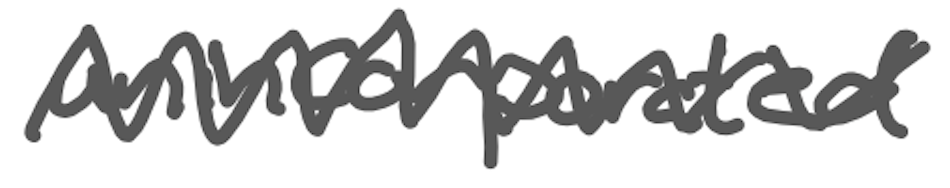
Text: unincorporated
Cross-out: mix
Writing tool: digital_gray